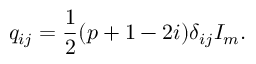
q _ { i j } = \frac { 1 } { 2 } ( p + 1 - 2 i ) \delta _ { i j } I _ { m } .